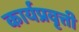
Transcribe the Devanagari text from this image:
कार्यप्रवृत्ती